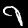
Digit: 9